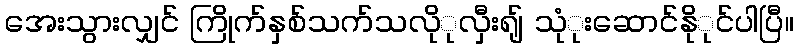
အေးသွားလျှင် ကြိုက်နှစ်သက်သလိုုလှီးရျ် သုုံးဆောင်နိုုင်ပါပြီ။